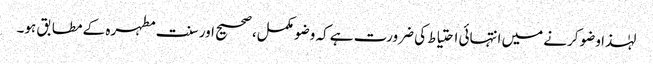
لہٰذا وضو کرنے میں انتہائی احتیاط کی ضرورت ہے کہ وضو مکمل، صحیح اور سنت مطہرہ کے مطابق ہو۔